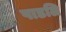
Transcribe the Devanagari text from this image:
पाडलि